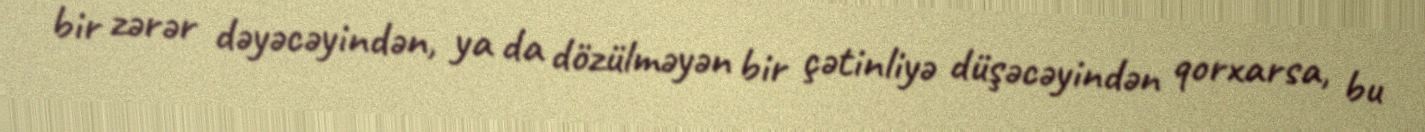
bir zərər dəyəcəyindən, ya da dözülməyən bir çətinliyə düşəcəyindən qorxarsa, bu